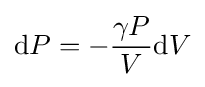
\mathrm {d} P=-{\frac {\gamma P}{V}}\mathrm {d} V